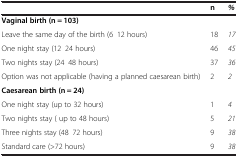
<table><thead><tr><td></td><td><b>n</b></td><td><b><i>%</i></b></td></tr></thead><tbody><tr><td><b>Vaginal birth (n = 103)</b></td><td></td><td></td></tr><tr><td>Leave the same day of the birth (6–12 hours)</td><td>18</td><td><i>17</i></td></tr><tr><td>One night stay (12–24 hours)</td><td>46</td><td><i>45</i></td></tr><tr><td>Two nights stay (24–48 hours)</td><td>37</td><td><i>36</i></td></tr><tr><td>Option was not applicable (having a planned caesarean birth)</td><td>2</td><td><i>2</i></td></tr><tr><td><b>Caesarean birth (n = 24)</b></td><td></td><td></td></tr><tr><td>One night stay (up to 32 hours)</td><td>1</td><td><i>4</i></td></tr><tr><td>Two nights stay ( up to 48 hours)</td><td>5</td><td><i>21</i></td></tr><tr><td>Three nights stay (48–72 hours)</td><td>9</td><td><i>38</i></td></tr><tr><td>Standard care (&gt;72 hours)</td><td>9</td><td><i>38</i></td></tr></tbody></table>